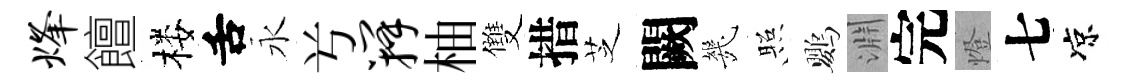
烽饘楼舌永𠔃瓣柚雙措芝闕㡬照鸚淵完燈七凉